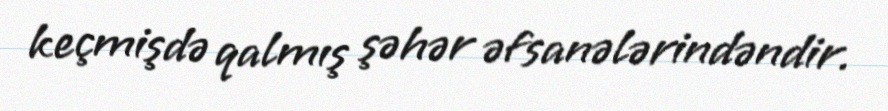
keçmişdə qalmış şəhər əfsanələrindəndir.